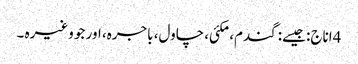
4اناج: جیسے: گندم، مکئی، چاول، باجرہ، اور جو وغیرہ ۔